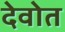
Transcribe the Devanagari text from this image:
देवोत